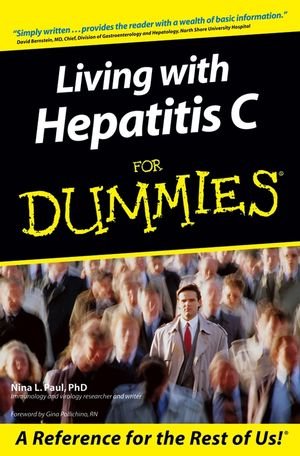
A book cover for Living With Hepatitis C For Dummies; Nina L. Paul; Health, Fitness & Dieting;